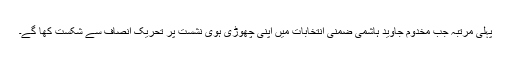
پہلی مرتبہ جب مخدوم جاوید ہاشمی ضمنی انتخابات میں اپنی چھوڑی ہوی نشست پر تحریک انصاف سے شکست کھا گے۔